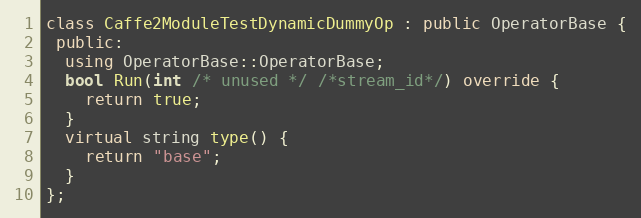
Language: C++
class Caffe2ModuleTestDynamicDummyOp : public OperatorBase {
 public:
  using OperatorBase::OperatorBase;
  bool Run(int /* unused */ /*stream_id*/) override {
    return true;
  }
  virtual string type() {
    return "base";
  }
};